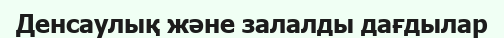
Денсаулық және залалды дағдылар